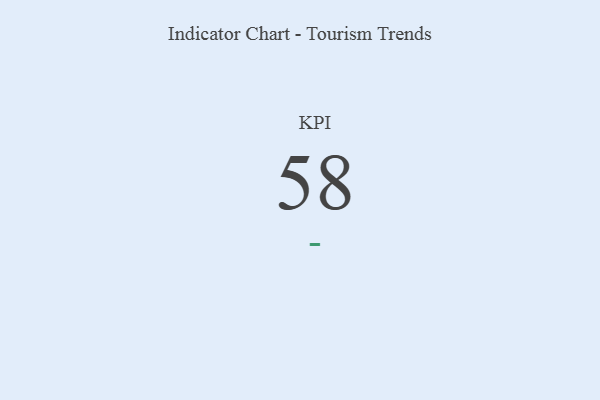
{"axis": {"x": "KPI", "y": "Value"}, "legend": [""], "data": [{"x": "KPI", "y": 58, "type": ""}]}